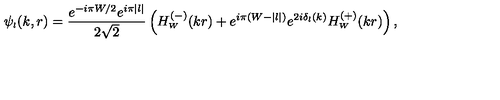
\psi _ { \scriptscriptstyle { l } } ( k , r ) = \frac { e ^ { - i \pi W / 2 } e ^ { i \pi | l | } } { 2 \sqrt 2 } \left( H _ { \scriptscriptstyle { W } } ^ { ( - ) } ( k r ) + e ^ { i \pi ( W - | l | ) } e ^ { 2 i \delta _ { l } ( k ) } H _ { \scriptscriptstyle { W } } ^ { ( + ) } ( k r ) \right) ,